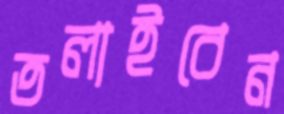
তলাইবেন